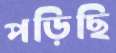
পড়িছি